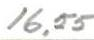
16,55